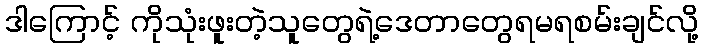
ဒါကြောင့် ကိုသုံးဖူးတဲ့သူတွေရဲ့ဒေတာတွေရမရစမ်းချင်လို့